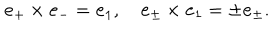
LaTeX: { \bf e } _ { + } \times { \bf e } _ { - } = { \bf e } _ { 1 } , \quad { \bf e } _ { \pm } \times { \bf e } _ { 1 } = \pm { \bf e } _ { \pm } .